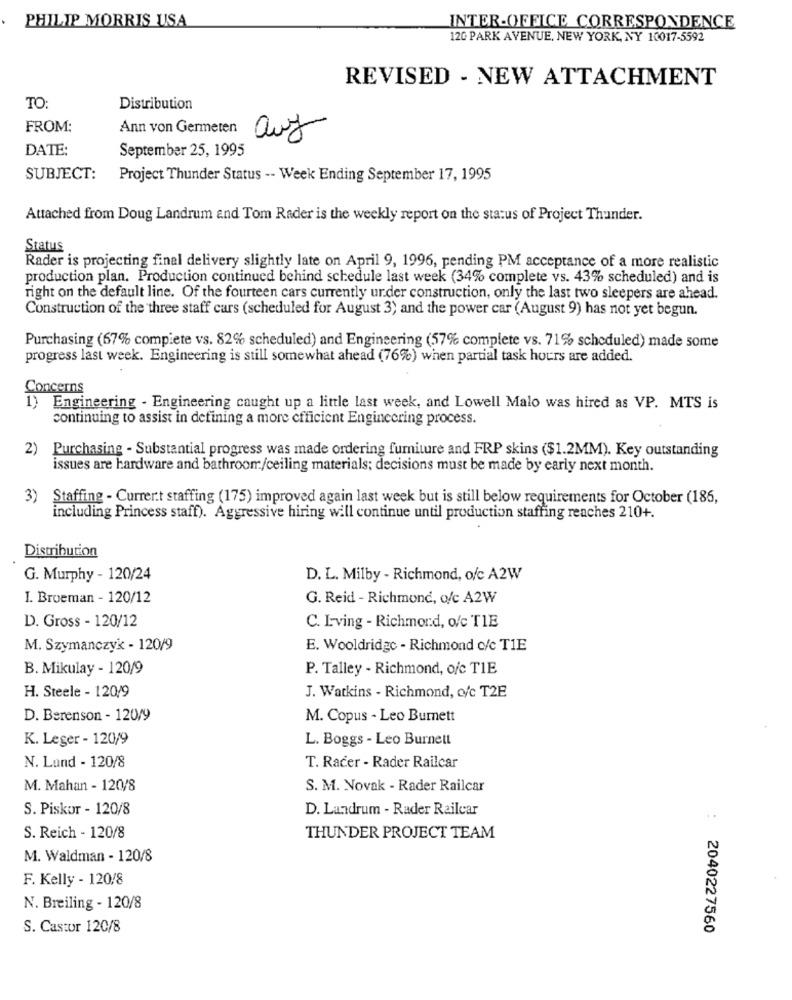
PHILIP MORRIS USA
INTER-OFFICE CORRESPONDENCE
120 PARK AVENUE, NEW YORK, NY 10017-5592
REVISED - NEW ATTACHMENT
TO
Distribution
FROM:
Ann von Germeten
auf
DATE:
September 25, 1995
SUBJECT:
Project Thunder Status -- Week Ending September 17, 1995
Attached from Doug Landrum and Tom Rader is the weekly report on the status of Project Thunder.
Status
Rader is projecting final delivery slightly late on April 9, 1996, pending PM acceptance of a more realistic
production plan. Production continued behind schedule last week (34% complete vs. 43% scheduled) and is
right on the default line. Of the fourteen cars currently under construction, only the last two sleepers are ahead.
Construction of the three staff cars (scheduled for August 3) and the power car (August 9) has not yet begun.
Purchasing (67% compiete vs. 82% scheduled) and Engineering (57% complete vs. 71% scheduled) made some
progress last week. Engineering is still somewhat ahead (76%) when partial task hours are added.
Concerns
1) Engineering - Engineering caught up a little last week, and Lowell Malo was hired as VP. MTS is
continuing to assist in defining a more efficient Engineering process.
2) Purchasing - Substantial progress was made ordering furniture and FRP skins ($1.2MM). Key outstanding
issues are hardware and bathroom/ceiling materials; decisions must be made by early next month.
3)
Staffing - Currert staffing (175) improved again last week but is still below requirements for October (185,
including Princess staff). Aggressive hiring will continue until production staffing reaches 210+.
Distribution
G. Murphy - 120/24
D. L. Milby - Richmond, ofc A2W
I. Broeman - 120/12
G. Reid - Richmond, o/c A2W
D. Gross - 120/12
C. Lving - Richmond, o/c TIE
M. Szymanczyk - 120/9
E. Wooldridge - Richmond c/c TIE
B. Mikulay - 120/9
P. Talley - Richmond, ofc TIE
H. Steele - 120/9
J. Watkins - Richmond, c/c T2E
D. Berenson - 120/9
M. Copus - Leo Burnett
K. Leger - 120/9
L. Boggs - Leo Burnett
N. Lund - 120/8
T. Racer - Rader Railcar
M. Mahan - 120/8
S. M. Novak - Rader Railcar
S. Piskor - 120/8
D. Landrum - Rader Railcar
S. Reich - 120/8
THUNDER PROJECT TEAM
M. Waldman - 120/8
F. Kelly - 120/8
N. Breiling - 120/8
S. Castor 120/8
2040227560